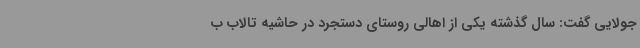
جولایی گفت: سال گذشته یکی از اهالی روستای دستجرد در حاشیه تالاب ب